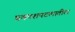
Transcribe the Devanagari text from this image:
प्रकाशपटलातील